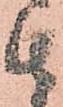
由